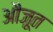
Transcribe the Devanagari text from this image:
औजूत